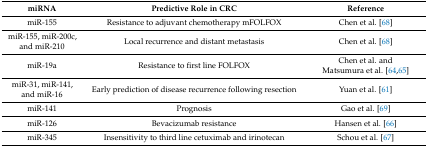
<table><thead><tr><td><b>miRNA</b></td><td><b>Predictive Role in CRC</b></td><td><b>Reference</b></td></tr></thead><tbody><tr><td>miR-155</td><td>Resistance to adjuvant chemotherapy mFOLFOX</td><td>Chen et al. [68]</td></tr><tr><td>miR-155, miR-200c, and miR-210</td><td>Local recurrence and distant metastasis</td><td>Chen et al. [68]</td></tr><tr><td>miR-19a</td><td>Resistance to first line FOLFOX</td><td>Chen et al. and Matsumura et al. [64,65]</td></tr><tr><td>miR-31, miR-141, and miR-16</td><td>Early prediction of disease recurrence following resection</td><td>Yuan et al. [61]</td></tr><tr><td>miR-141</td><td>Prognosis</td><td>Gao et al. [69]</td></tr><tr><td>miR-126</td><td>Bevacizumab resistance</td><td>Hansen et al. [66]</td></tr><tr><td>miR-345</td><td>Insensitivity to third line cetuximab and irinotecan</td><td>Schou et al. [67]</td></tr></tbody></table>